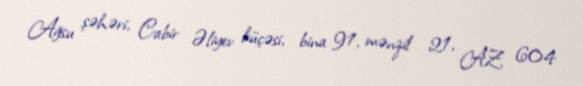
Ağsu şəhəri, Cabir Əliyev küçəsi, bina 91, mənzil 21, AZ 604